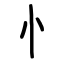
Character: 忄